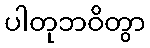
ပါတုဘဝိတွာ